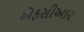
એફસીઆર